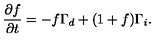
\frac { \partial f } { \partial t } = - f \Gamma _ { d } + ( 1 + f ) \Gamma _ { i } .